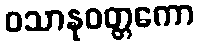
ဝသာနုဝတ္တကော